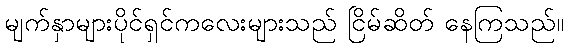
မျက်နှာများပိုင်ရှင်ကလေးများသည် ငြိမ်ဆိတ် နေကြသည်။